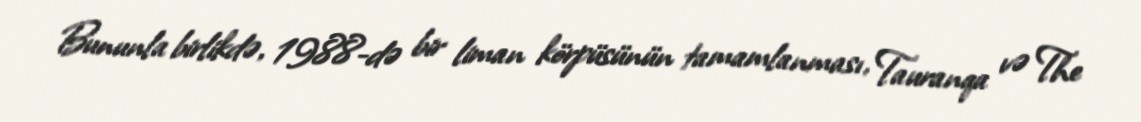
Bununla birlikdə, 1988-də bir liman körpüsünün tamamlanması, Tauranqa və The